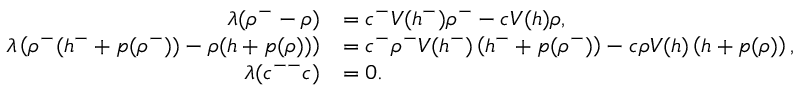
\begin{array} { r l } { \lambda ( \rho ^ { - } - \rho ) } & { = c ^ { - } V ( h ^ { - } ) \rho ^ { - } - c V ( h ) \rho , } \\ { \lambda \left( \rho ^ { - } ( h ^ { - } + p ( \rho ^ { - } ) ) - \rho ( h + p ( \rho ) ) \right) } & { = c ^ { - } \rho ^ { - } V ( h ^ { - } ) \left( h ^ { - } + p ( \rho ^ { - } ) \right) - c \rho V ( h ) \left( h + p ( \rho ) \right) , } \\ { \lambda ( c ^ { -- } c ) } & { = 0 . } \end{array}